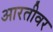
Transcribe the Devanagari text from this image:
आरतीवर